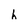
Character: h